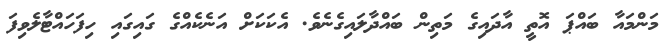
މަންމައާ ބައްޕަ އޮތީ އާދައިގެ މަތިން ބައްދާލައިގެނެވެ. އެކަކަށް އަނެކެއްގެ ގައިގައި ހިފަހައްޓާލެވިފަ